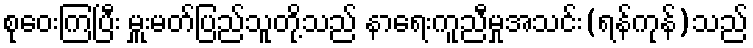
စုဝေးကြပြီး မှူးမတ်ပြည်သူတို့သည် နာရေးကူညီမှုအသင်း(ရန်ကုန်)သည်